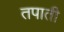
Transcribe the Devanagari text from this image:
तपाती